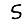
Digit: 5